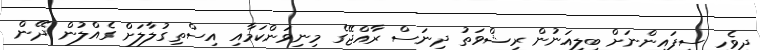
ދިވެހި ސިފައިންނަށް ބިލިއަނުން ރިޝްވަތު ދިނަސް ރާއްޖޭގެ މިނިވަންކަމާއި އިސްތިގުލާލަށް ގެއްލުން ދޭން